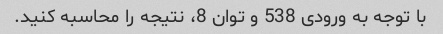
با توجه به ورودی 538 و توان 8، نتیجه را محاسبه کنید.